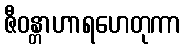
ဇီဝန္တာဟာရဟေတုကာ